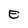
Character: E